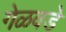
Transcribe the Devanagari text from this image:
गेळवडे